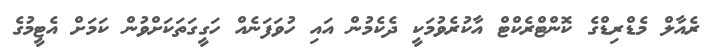
ރެއާލް މެޑްރިޑްގެ ކޮންޓްރެކްޓް އާކުރެވުމަކީ ދެކެމުން އައި ހުވަފަނެއް ހަގީގަތަކަށްވުން ކަމަށް އެޓީމުގެ